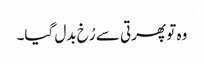
وہ تو پھرتی سے رُخ بدل گیا۔